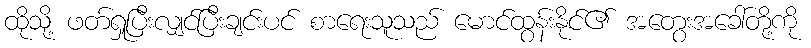
ထိုသို့ ဖတ်ရှုပြီးလျှင်ပြီးချင်းပင် စာရေးသူသည် မောင်ထွန်းနိုင်၏ အတွေးအခေါ်တို့ကို